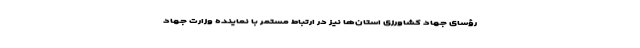
رؤسای جهاد کشاورزی استان‌ها نیز در ارتباط مستمر با نماینده وزارت جهاد